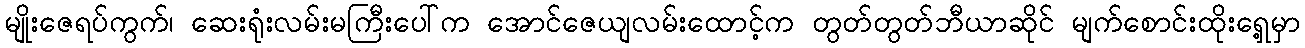
မျိုးဇေရပ်ကွက်၊ ဆေးရုံးလမ်းမကြီးပေါ်က အောင်ဇေယျလမ်းထောင့်က တွတ်တွတ်ဘီယာဆိုင် မျက်စောင်းထိုးရှေ့မှာ